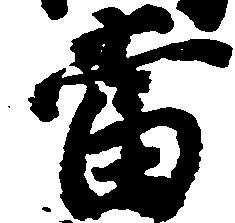
当